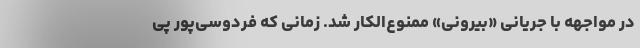
در مواجهه با جریانی «بیرونی» ممنوع‌الکار شد. زمانی که فردوسی‌پور پی‌